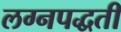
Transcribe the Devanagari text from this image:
लग्नपद्धती